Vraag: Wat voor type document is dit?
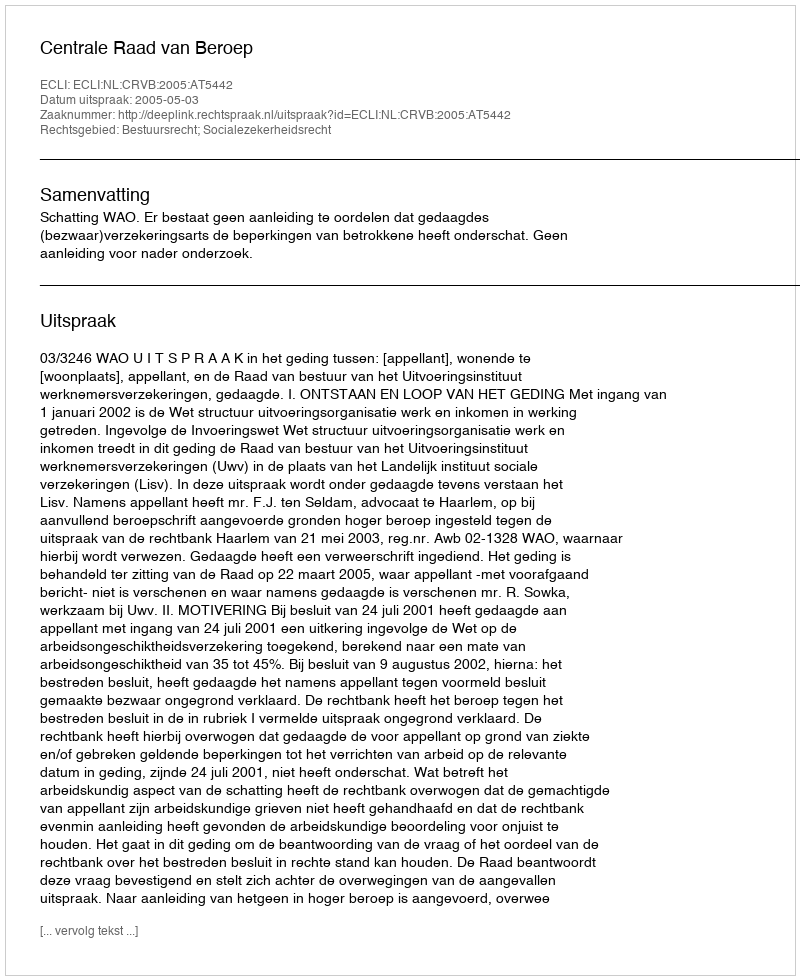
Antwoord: Uitspraak